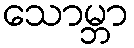
သောမ္ဘာ